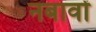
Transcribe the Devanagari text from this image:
नबावों